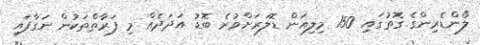
ލޯންޑެރިންގެ ގޮތުގައި 150 މިލިއަން ޑޮލަރަށްވުރެ ބޮޑު އަދަދެއް މި ފަރާތްތަކުން ނަގާފައި